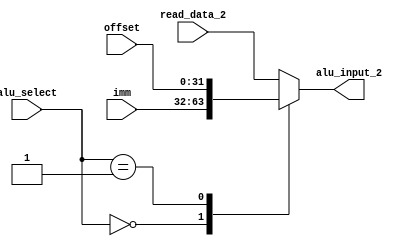
module alu_select_control(
    input [1:0] alu_select,
    input [31:0] read_data_2,
    input [31:0] imm,
    input [31:0] offset,
    output reg [31:0] alu_input_2
    );
	
	always @(*) begin
		case(alu_select)
			2'b00:
				begin
					alu_input_2 <= imm;
				end
			2'b01:
				begin
					alu_input_2 <= offset;
				end
            2'b10:
                begin
                    alu_input_2 <= read_data_2;
                end
			default:
				begin
					alu_input_2 <= read_data_2;
				end
		endcase
	end

endmodule